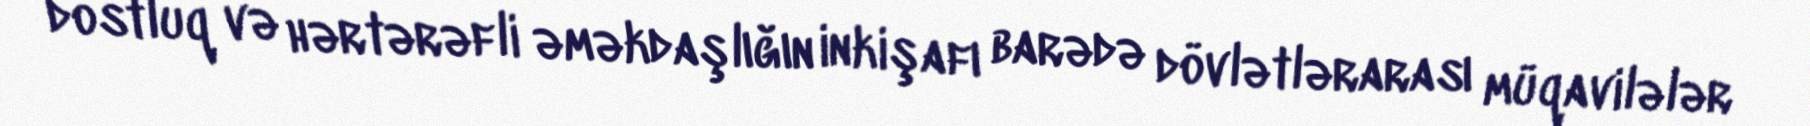
dostluq və hərtərəfli əməkdaşlığın inkişafı barədə dövlətlərarası müqavilələr